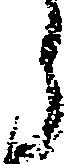
う